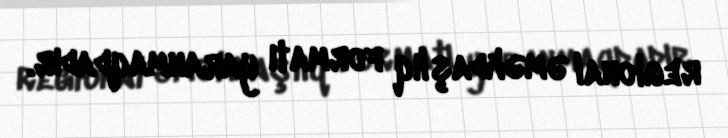
regional əməkdaşlıq formatı yaranmaqdadır.